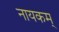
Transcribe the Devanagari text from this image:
नायकम्‌